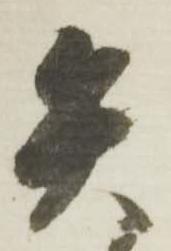
矢